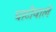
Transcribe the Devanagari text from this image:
घाटीवाले